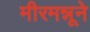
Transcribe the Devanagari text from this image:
मीरमन्नूने